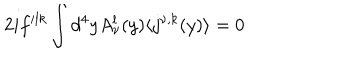
2 i f ^ { i l k } \int d ^ { 4 } y A _ { \nu } ^ { l } ( y ) \langle j ^ { \nu , k } ( y ) \rangle = 0